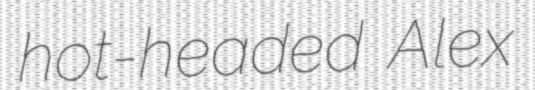
hot-headed Alex